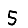
Digit: 5